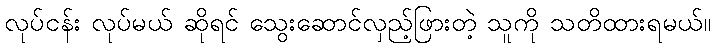
လုပ်ငန်း လုပ်မယ် ဆိုရင် သွေးဆောင်လှည့်ဖြားတဲ့ သူကို သတိထားရမယ်။